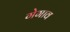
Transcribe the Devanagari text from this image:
गेगाव